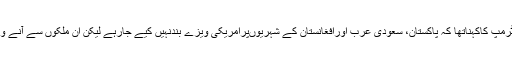
اس سے پہلے ایک انٹرویومیں ٹرمپ کاکہناتھا کہ پاکستان، سعودی عرب اورافغانستان کے شہریوںپرامریکی ویزے بندنہیں کیے جارہے لیکن ان ملکوں سے آنے والوںکی سخت جانچ پڑتال ہوگی۔